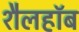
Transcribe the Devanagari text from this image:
शैलहाॅब